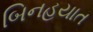
બિનહયાત